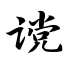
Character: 谠